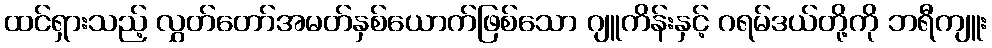
ထင်ရှားသည့် လွှတ်တော်အမတ်နှစ်ယောက်ဖြစ်သော ဂျူကိန်းနှင့် ဂရမ်ဒယ်တို့ကို ဘရီကျူး